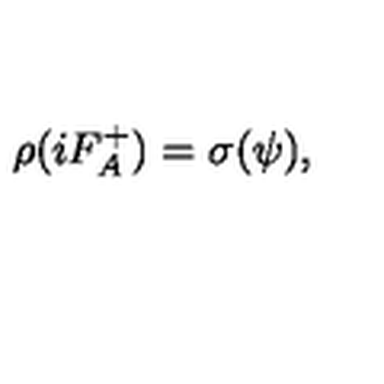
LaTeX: \rho ( i F _ { A } ^ { + } ) = \sigma ( \psi ) ,